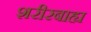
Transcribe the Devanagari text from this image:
शरीरबाह्य